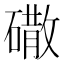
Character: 䃟